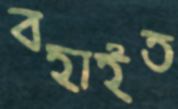
বহাইত